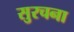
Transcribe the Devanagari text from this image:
सुरचना